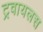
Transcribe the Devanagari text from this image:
ट्रवायलस